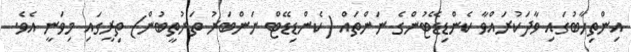
އިންތިހާބުގައި ވާދަކުރައްވާ ކެންޑިޑޭޓުންގެ ނަންތައް (ކެންޑިޑޭޓް ނަންބަރު ތަރުތީބުން) ތިރީގައި މިވަނީ އެވެ.